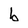
Character: b